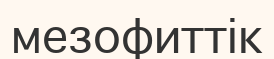
мезофиттік